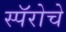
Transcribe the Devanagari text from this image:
स्पॅरोचे